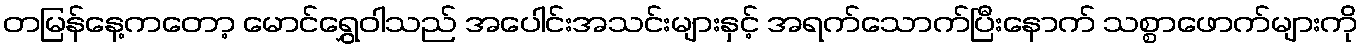
တမြန်နေ့ကတော့ မောင်ရွှေဝါသည် အပေါင်းအသင်းများနှင့် အရက်သောက်ပြီးနောက် သစ္စာဖောက်များကို